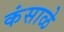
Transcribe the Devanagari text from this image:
कंसाळे